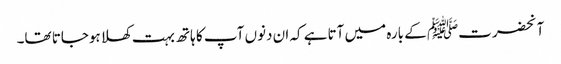
آنحضرتﷺ کے بارہ میں آتاہے کہ ان دنوں آپ کا ہاتھ بہت کھلا ہوجاتا تھا۔